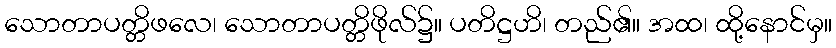
သောတာပတ္တိဖလေ၊ သောတာပတ္တိဖိုလ်၌။ ပတိဋ္ဌဟိ၊ တည်၏။ အထ၊ ထို့နောင်မှ။